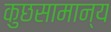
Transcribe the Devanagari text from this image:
कुछसामान्य